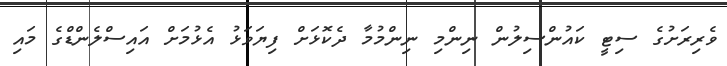
ވެރިރަށުގެ ސިޓީ ކައުންސިލުން ނިންމި ނިންމުމާ ދެކޮޅަށް ފިޔަވަޅު އެޅުމަށް އައިސްލެންޑްގެ މައި